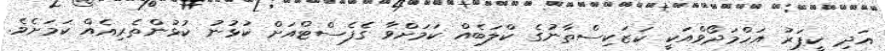
އަދި ކީޕަރު އަހްމަދޯވްއަކީ ކަޒަކިސްތާނުގެ ކްލަބެއް ކަމަށްވާ ގެފެސްޓްއަށް ކުޅުނު ކުޅުންތެރިއެއް ކަމަށެވެ.